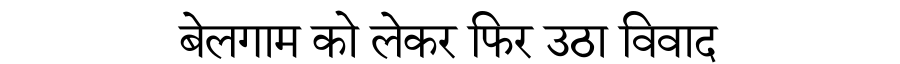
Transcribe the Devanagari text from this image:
बेलगाम को लेकर फिर उठा विवाद